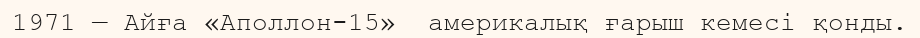
1971 — Айға «Аполлон-15»  америкалық ғарыш кемесi қонды.